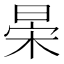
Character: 𣇆